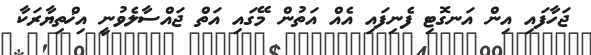
ޖަހާފައި އިން އަނގޮޓި ފެނިފައި އެއް އަތުން މޭގައި އަތް ޖައްސާލެވުނީ އިޚްތިޔާރަކާ